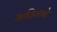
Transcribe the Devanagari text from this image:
मातिगाने